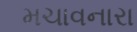
મચાવનારા